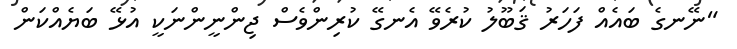
"ނޭނގެ ބައެއް ފަހަރު ޤަބޫލު ކުރެވޭ އެނގޭ ކުރިންވެސް ޖިންނީންނަކީ އުޅޭ ބަޔެއްކަން